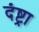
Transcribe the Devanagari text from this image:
दंष्ट्रा